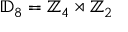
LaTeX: \mathbb { D } _ { 8 } = \mathbb { Z } _ { 4 } \rtimes \mathbb { Z } _ { 2 }